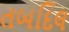
તબદિલ